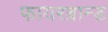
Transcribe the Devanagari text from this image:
फायरब्रान्ड